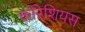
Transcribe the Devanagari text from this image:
कोरेशियस